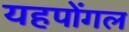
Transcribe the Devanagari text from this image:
यहपोंगल